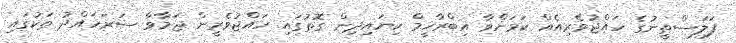
ފަލަސްތީނުގެ ހައްޖުވެރިއެއް ކަމަށްވާ އިބްރާހީމް ކިޔައިދިން ގޮތުގައި ހައްޖުވެރީން ޖަމާވާ ސަރަހައްދު ތަކުގައި